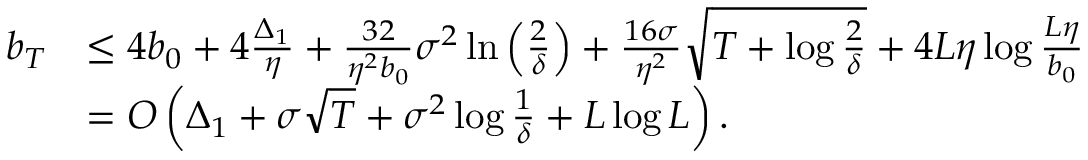
\begin{array} { r l } { b _ { T } } & { \leq 4 b _ { 0 } + 4 \frac { \Delta _ { 1 } } { \eta } + \frac { 3 2 } { \eta ^ { 2 } b _ { 0 } } \sigma ^ { 2 } \ln \left( \frac { 2 } { \delta } \right) + \frac { 1 6 \sigma } { \eta ^ { 2 } } \sqrt { T + \log \frac { 2 } { \delta } } + 4 L \eta \log \frac { L \eta } { b _ { 0 } } } \\ & { = O \left( \Delta _ { 1 } + \sigma \sqrt { T } + \sigma ^ { 2 } \log \frac { 1 } { \delta } + L \log L \right) . } \end{array}